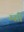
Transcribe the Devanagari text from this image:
म्सी